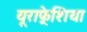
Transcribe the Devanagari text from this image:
यूराफ़्रेशिया